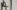
Text: A1